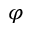
\varphi